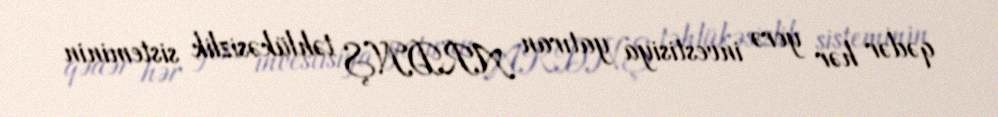
qədər hər yerə investisiya yatıran ARDNŞ təhlükəsizlik sisteminin